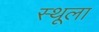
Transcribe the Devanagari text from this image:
स्थूला